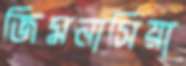
জিমনাসিয়া